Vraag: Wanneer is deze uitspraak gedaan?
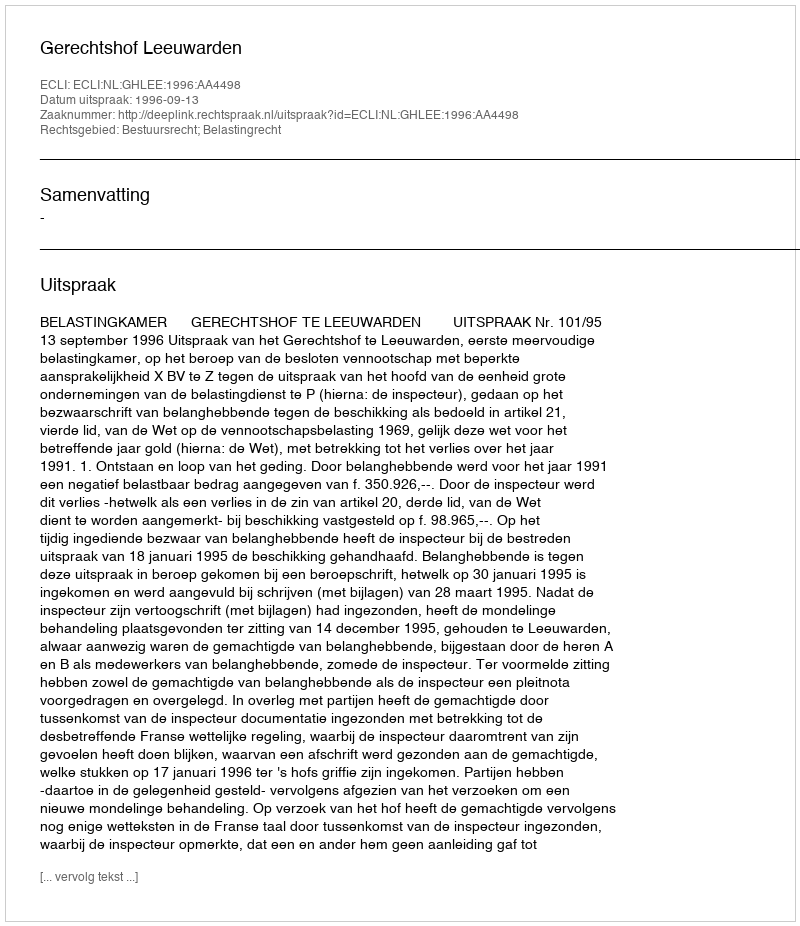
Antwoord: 1996-09-13